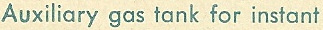
Auxiliary gas tank for instant